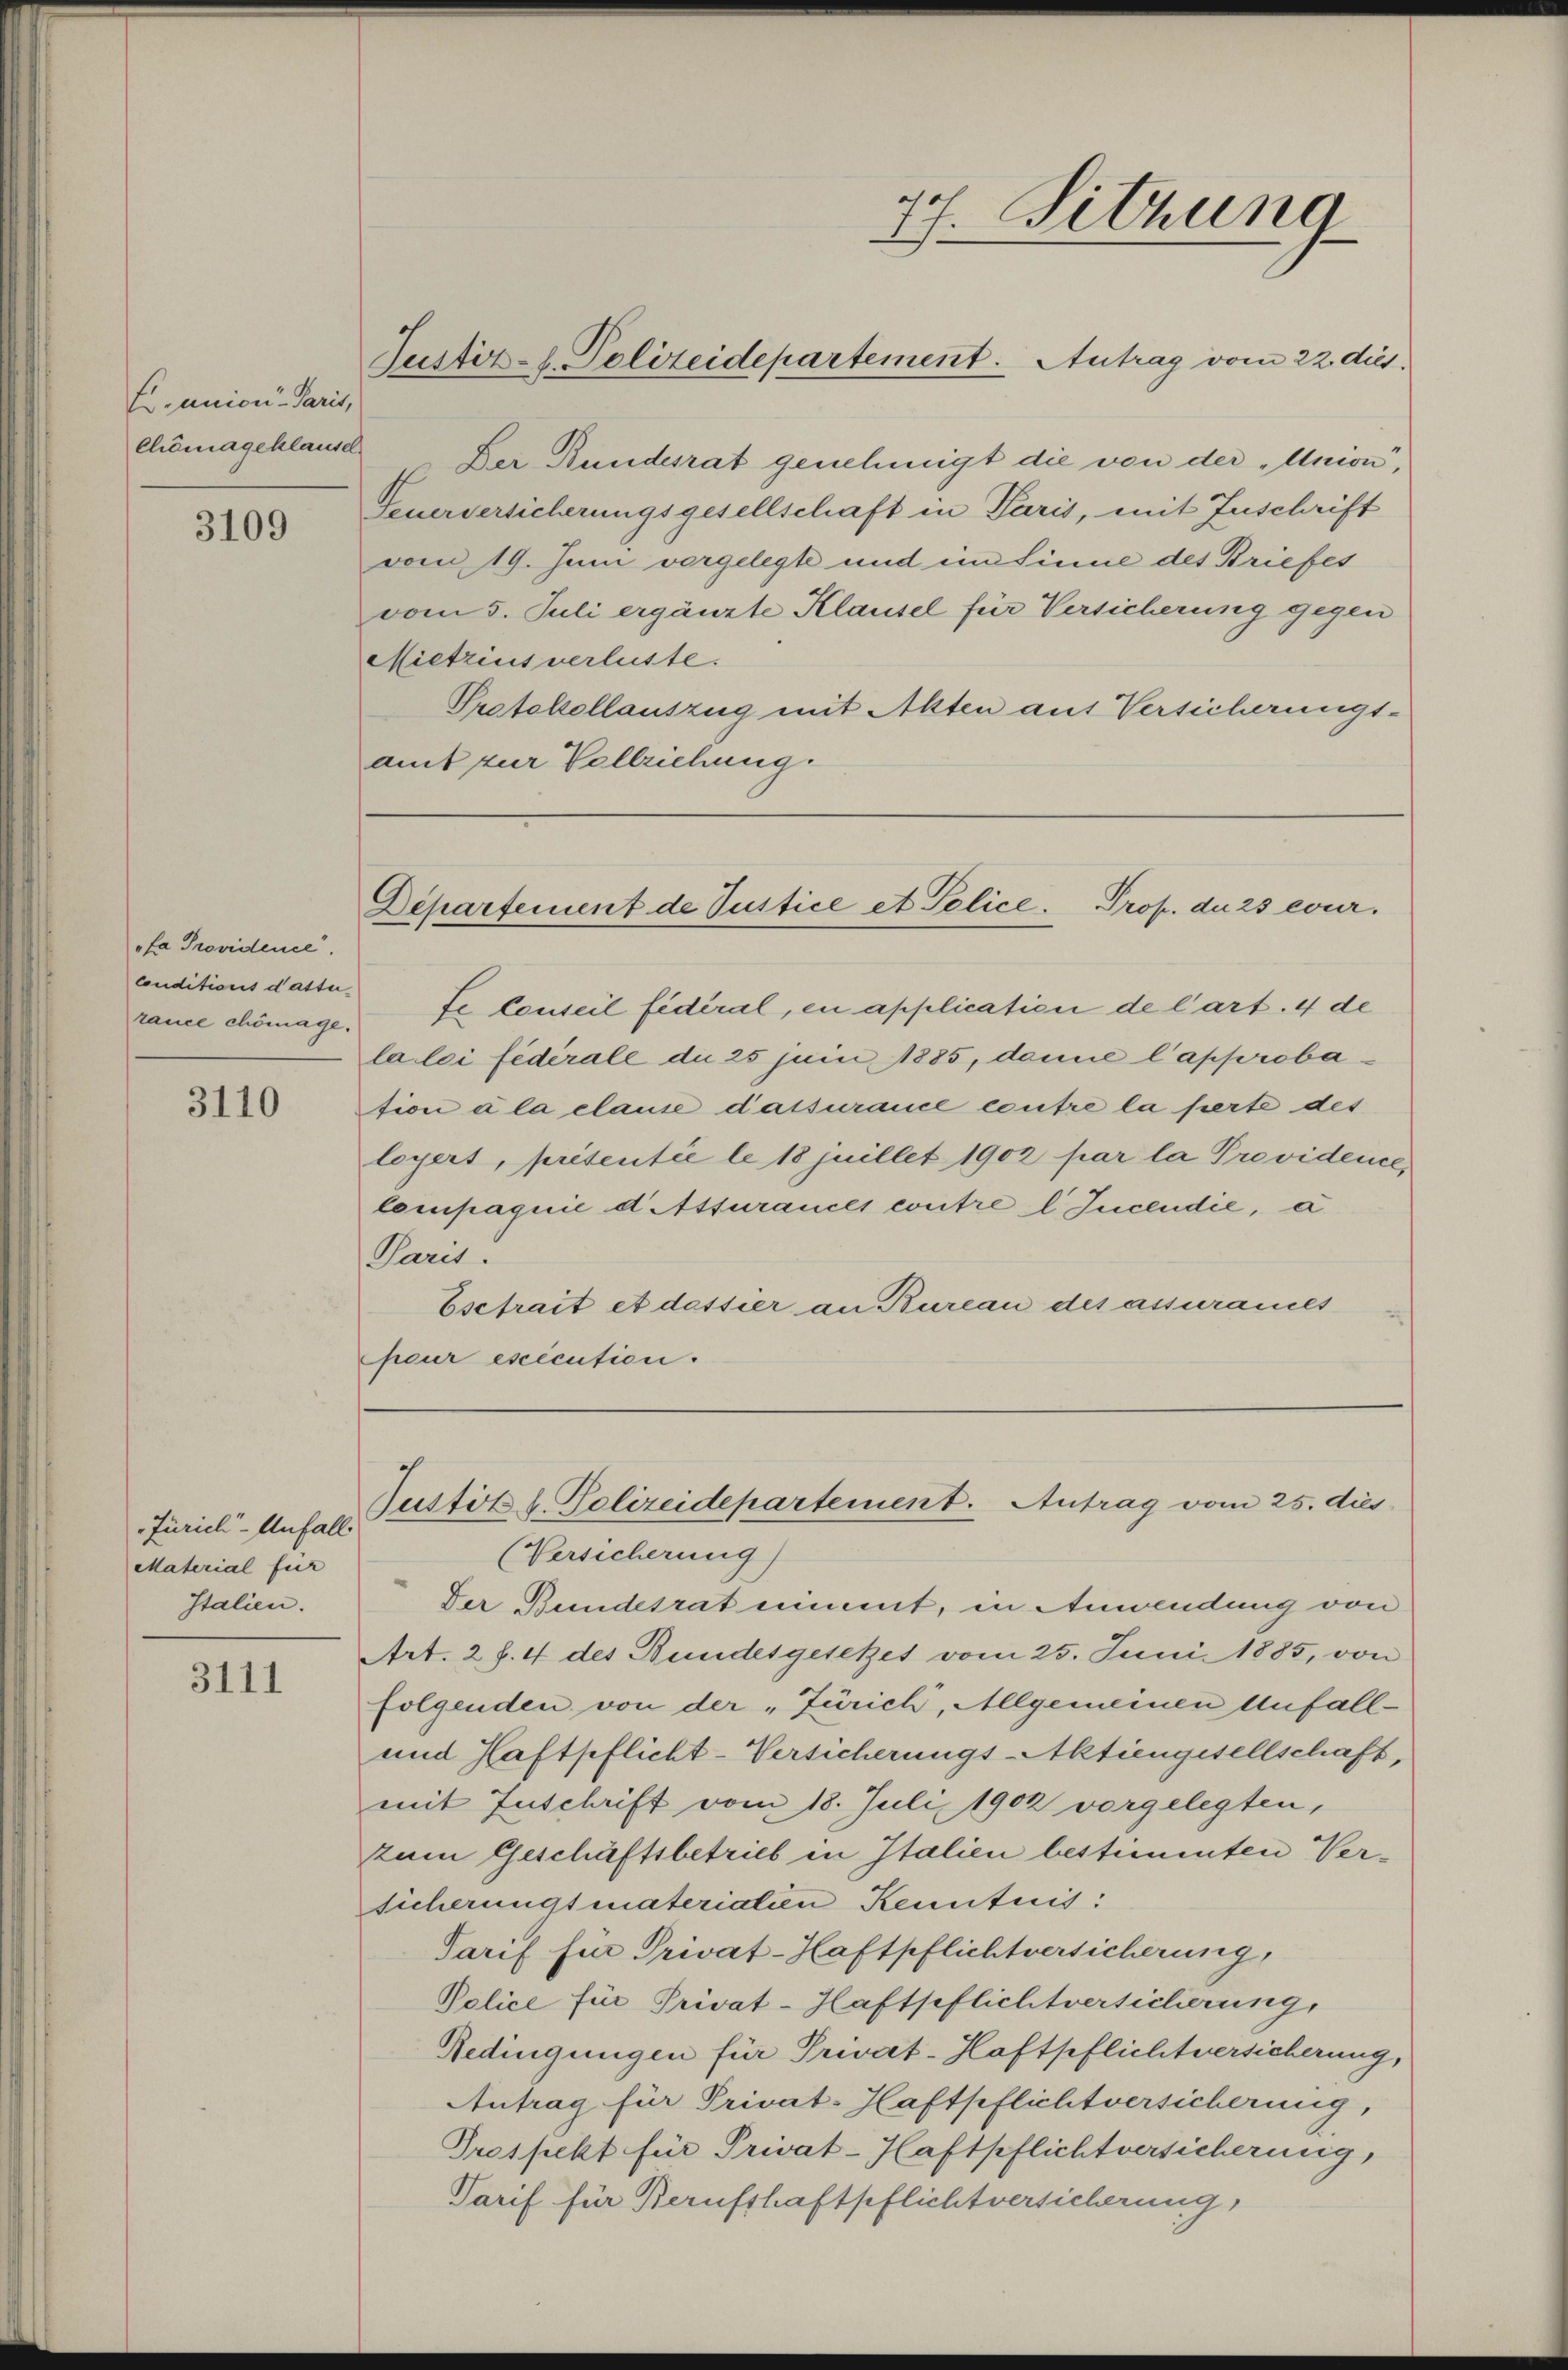
E. union-Parit,
Chömageklausel

3109

fa Providence.
rauce chömage.

3110

Jurich-Unfall
Material für
Italien.

3111

3
17. Sitzung
Justiz-l. Polizeidepartement. Antrag vom 22. dies

E Der Bundesrat genehmigt die von der „Union,
Feuerversicherungsgesellschaft in Paris, mit Zuschrift
vom 19. Juni vorgelegte und im Sinne des Briefes
vom 5. Juli ergänzte Klausel für Versicherung gegen
Mietzius verluste.
Protokollauszug mit Alten auf Versicherungs-
amt zur Vollziehung.

Departement de Justice et Police Prof. du 25 eur¬

conditions dasser. Le conseil fédéral, en application de l’art. 4 de
la loi fédérale du 25 juni 1885, danne l’approbation a la clause dassurance coutre la ferte des
loyert, prétentie le 18 juillet 1902 par la Providence
Compagnie d Atsurances contre l Incendie, a
Paris.
Esetrait et dassier an Bureau des assurances
peur execution.

Justitzl. Polizeidepartement. Antrag vom 25. dies

(Versicherung)
Der Bundesrat nimt, in Anwendung von
Art. 2 f. 4 des Bundesgesetzes vom 25. Juni 1885, von
folgenden von der „Zürich, Allgemeinen Anfall-
und Haftpflicht-Versicherungs-Aktiengesellschaft,
mit Zuschrift vom 18. Juli 1902 vorgelegten,
zum Geschäftsbetrieb in Italien bestimmten Versicherungsmaterialien Kenntnis:
Tarif für Privat-Haftpflichtversicherung,
Police für Privat-Haftpflichtversicherung,
Redingungen für Privat-Haftpflichtversicherung,
Antrag für Privat-Haftpflichtversicherung,
Prospekt für Privat-Haftpflichtversicherung,
Tarif für Berufshaftpflichtversicherung,